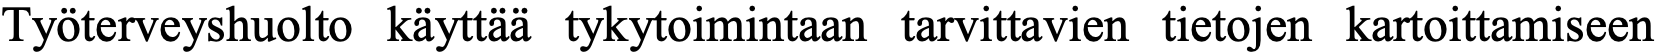
Työterveyshuolto käyttää tykytoimintaan tarvittavien tietojen kartoittamiseen